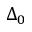
\Delta _ { 0 }